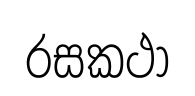
රසකථා